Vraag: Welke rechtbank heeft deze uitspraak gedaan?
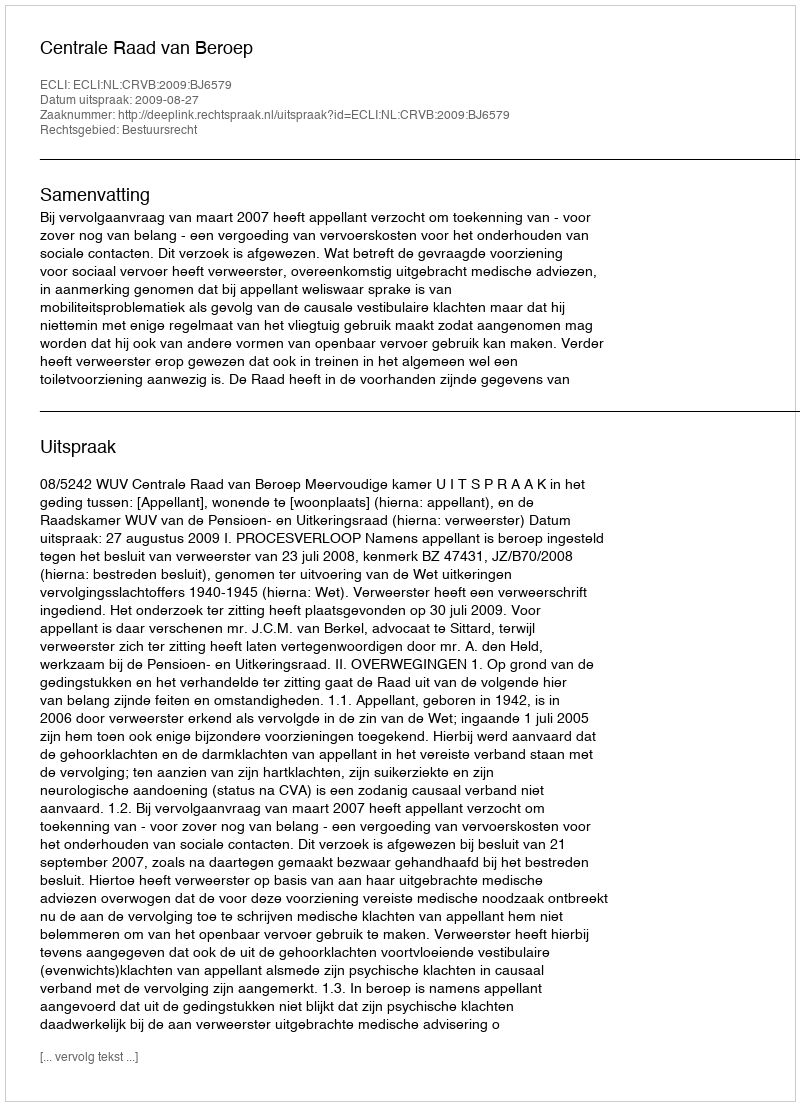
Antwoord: Centrale Raad van Beroep